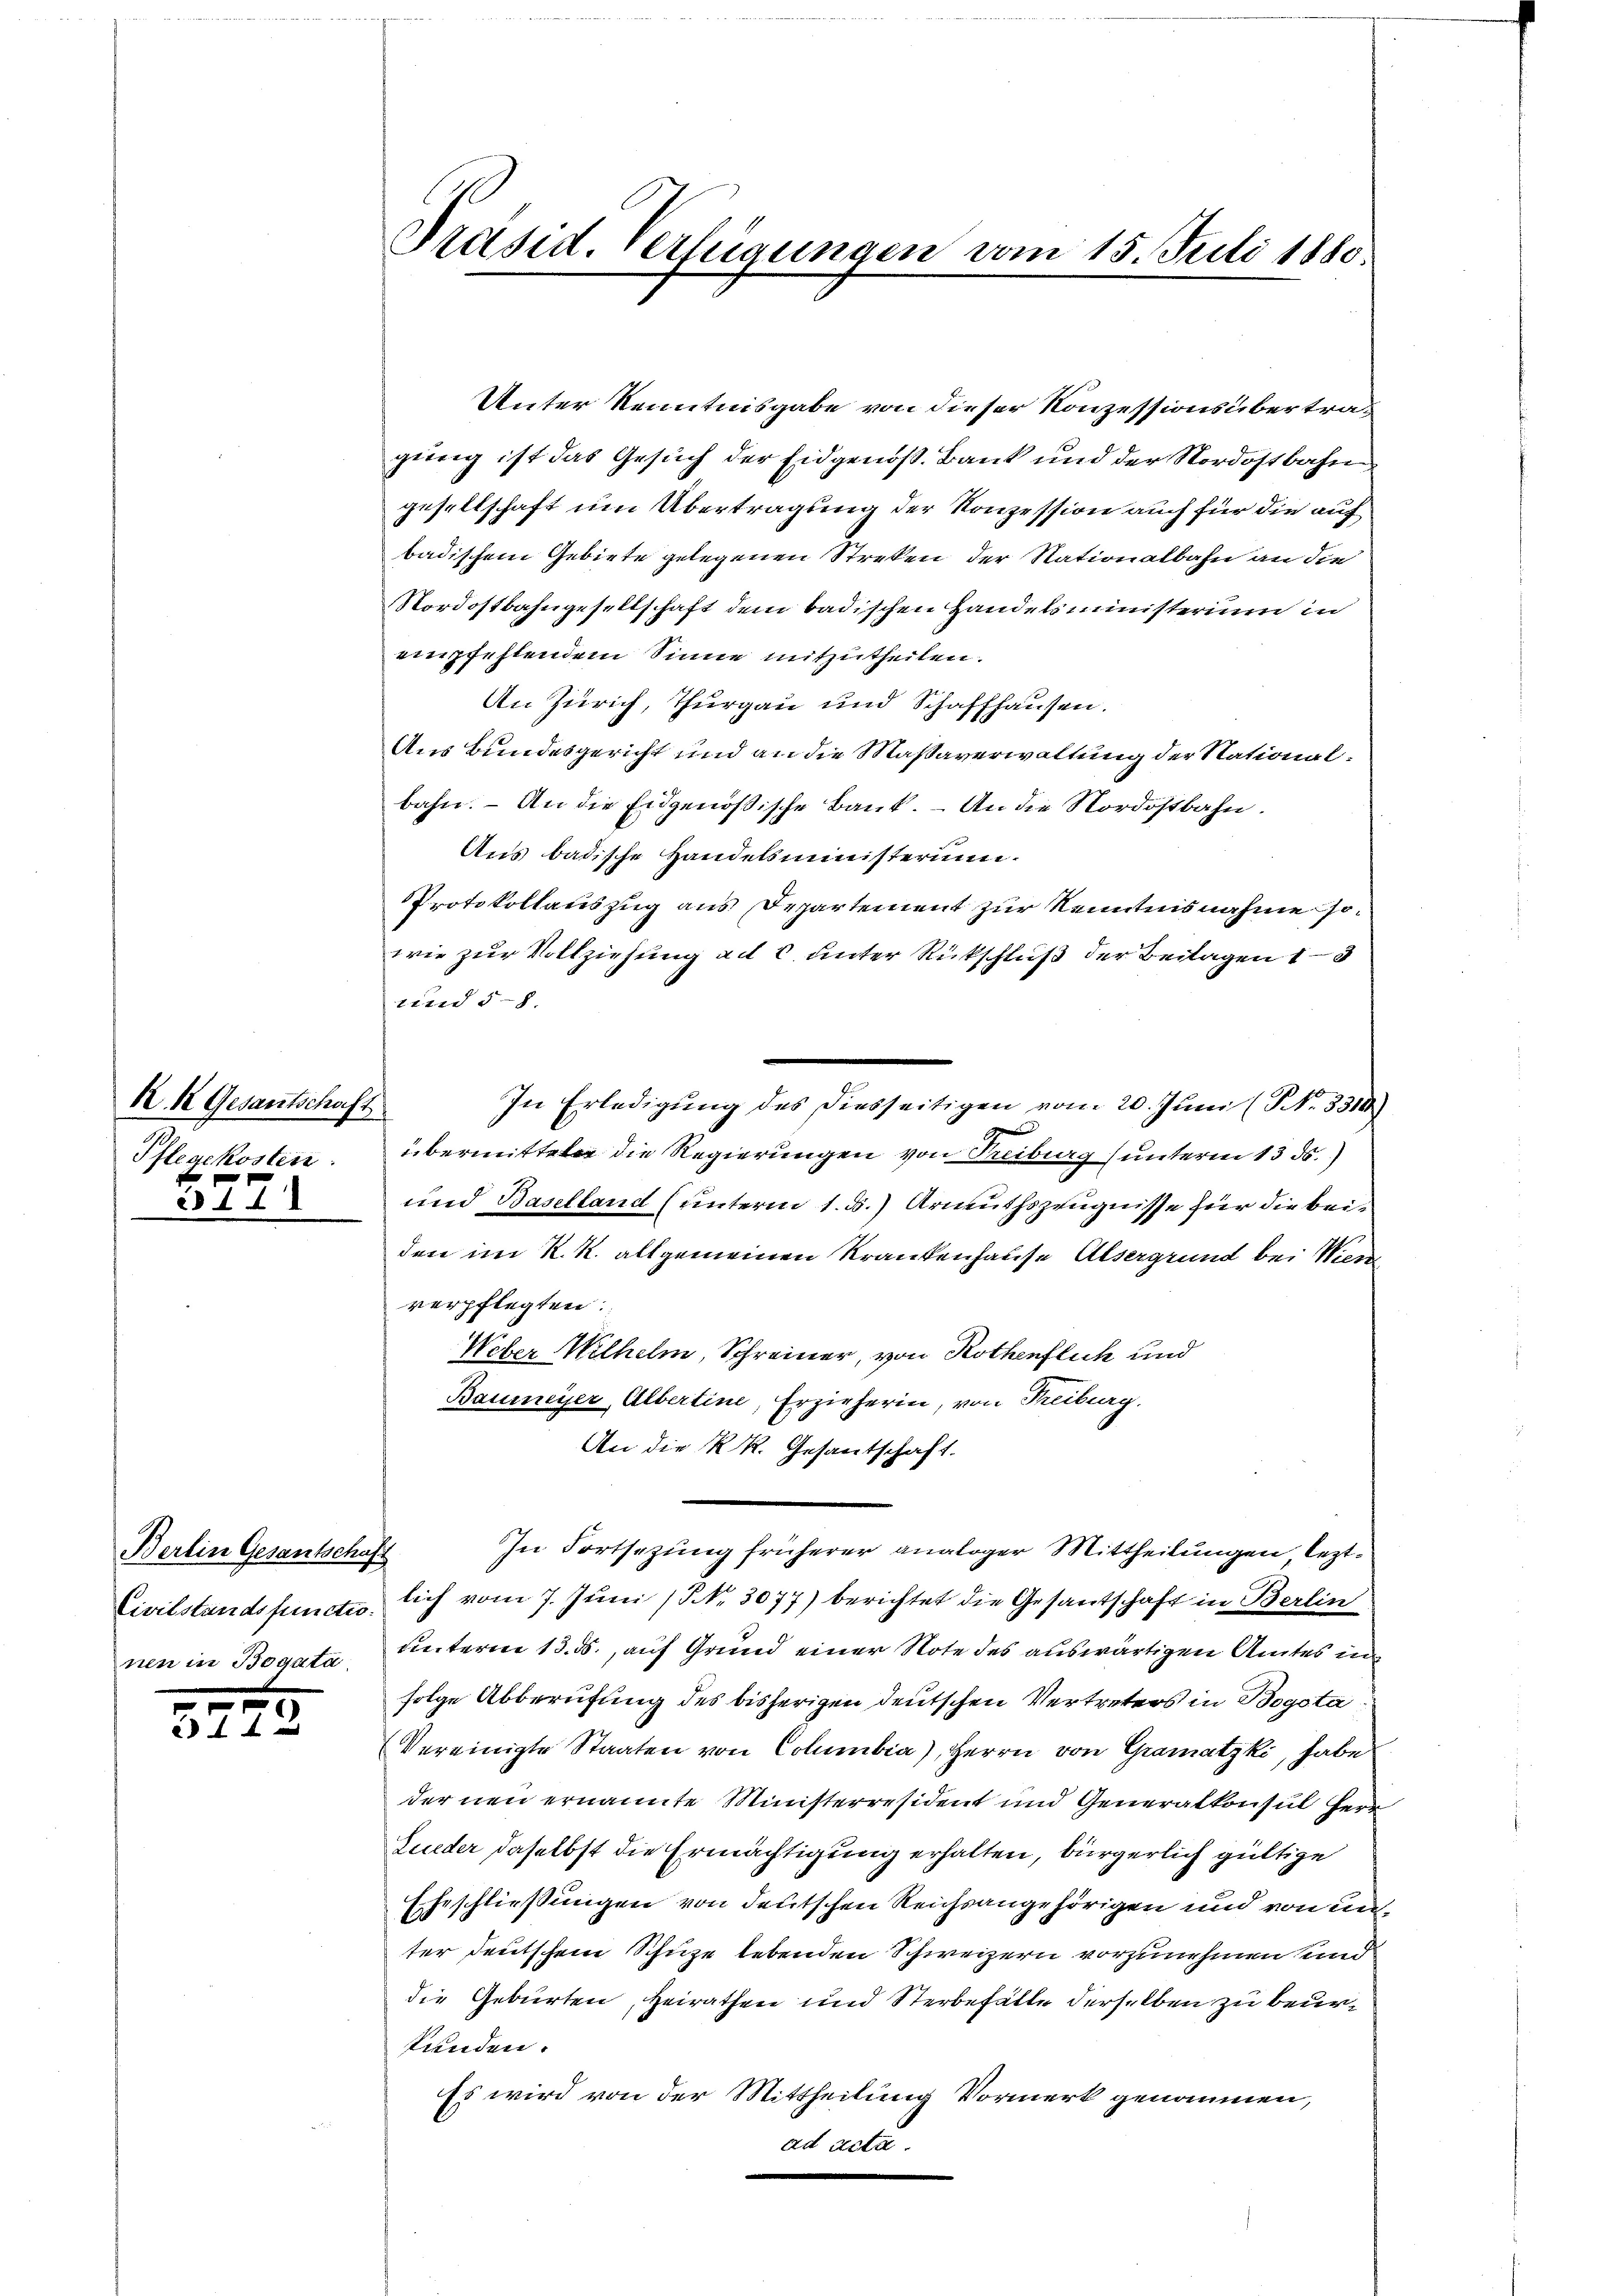
K. k. Gesantschaft
Pflegekosten.

e

.

Berlin Gesantschaft
Civilstandsfunctis.
nen in Bogata

Präsid. Verlegungen vom 15. Juli 1880.

Unter Kenntnisgabe von dieser Konzessionsübertraging ist das Gesuch der Eidgenoß. Bank und der Nordostbahngesellschaft um Übertragung der Konzession auch für die auf
badischem Gebiete gelegenen Streken der Nationalbahn an die
Nordostbahngesellschaft dem badischen Handelsministerium in
empfehlendem Sinne mitzutheilen.
An Zürich, Thurgau und Schaffhausen.
Aus Bundesgericht und an die Maßaverwaltung der Nationalbahn. – An die Eidgenössische Bank. - An die Nordostbahn.
Aus badische Handelsministerinn
Protokollauszug aus Departement zur Kenntnisnahme sowie zur Vollziehung ad 6 unter Rückschluß der Beilagen 13
tted 5.
e
In Erledigŭng des diesseitigen vom 20. Jŭni (NNo. 3310)
e
übermittel die Regierungen von Freiberg (unterm 13. ds.
und Baselland (unterm 1. d. Armuthszeugnisse für die beiden im K. K. allgemeinen Krankenhause Alsergrund bei Wien
verpflegten.
Weber Wilhelm, Schreiner, von Rothenflich und
Baumeyer, Albertine, Erzieherin, von Freiburg.
An die K. R. Gesantschaft.
In Fortsezung früherer analoger Mittheilungen leztlich vom 7. Juni (§ NNo. 3077) berichtet die Gesantschaft in Berlin
unterm 13. ds., auf Grund einer Note des auswärtigen Amtes in
folge Abberufung des bisherigen deutschen Vertreters in Bogota
Vereinigte Staaten von Columbia), Herrn von Gramatzki, habe
der neu ernannte Ministerresident und Generalkonsul Herr
Lueder daselbst die Ermächtigung erhalten, bürgerlich gültige
Eheschließungen von deutschen Reichsangehörigen und von unter deutschem Schuze lebenden Schweizern vorzunehmen und
die Geburten, Heirathen und Sterbefälle derselben zu beurtunden.
Es wird von der Mittheilung Vormerk genommen,
ad acta